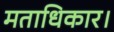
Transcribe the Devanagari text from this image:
मताधिकार।